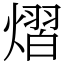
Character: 熠